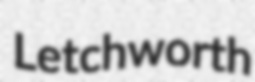
Letchworth